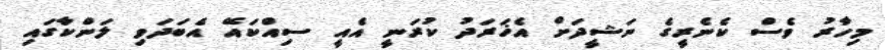
މިހާރު ވެސް ކެނެރީގެ ނަޝީދަށް އެޚަރަދު ކުރަނީ އެއީ ސިއްކައޭ އެބަދަވި ލަންކާގައި